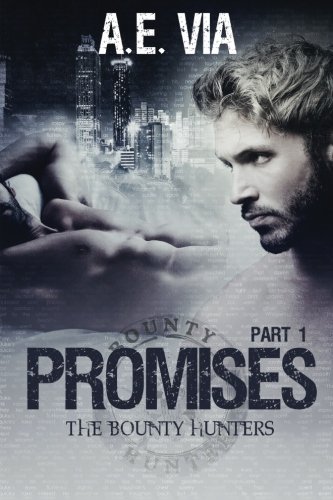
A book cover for Promises: Part I (The Bounty Hunters) (Volume 1); A.E. Via; Literature & Fiction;